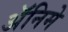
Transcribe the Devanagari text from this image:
अॅनिमे